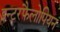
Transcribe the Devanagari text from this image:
इन्टरफैलोपियन